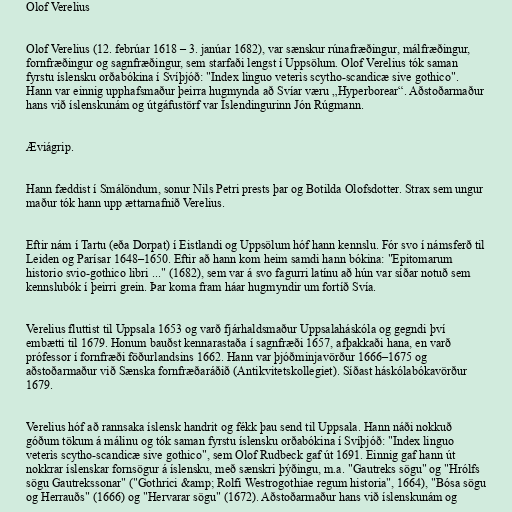
Olof Verelius

Olof Verelius (12. febrúar 1618 – 3. janúar 1682), var sænskur rúnafræðingur, málfræðingur,
fornfræðingur og sagnfræðingur, sem starfaði lengst í Uppsölum. Olof Verelius tók saman
fyrstu íslensku orðabókina í Svíþjóð: "Index linguo veterìs scytho-scandicæ sive gothico".
Hann var einnig upphafsmaður þeirra hugmynda að Svíar væru „Hyperborear“. Aðstoðarmaður
hans við íslenskunám og útgáfustörf var Íslendingurinn Jón Rúgmann.

Æviágrip.

Hann fæddist í Smálöndum, sonur Nils Petri prests þar og Botilda Olofsdotter. Strax sem ungur
maður tók hann upp ættarnafnið Verelius.

Eftir nám í Tartu (eða Dorpat) í Eistlandi og Uppsölum hóf hann kennslu. Fór svo í námsferð til
Leiden og Parísar 1648–1650. Eftir að hann kom heim samdi hann bókina: "Epitomarum
historio svio-gothico libri ..." (1682), sem var á svo fagurri latínu að hún var síðar notuð sem
kennslubók í þeirri grein. Þar koma fram háar hugmyndir um fortíð Svía.

Verelius fluttist til Uppsala 1653 og varð fjárhaldsmaður Uppsalaháskóla og gegndi því
embætti til 1679. Honum bauðst kennarastaða í sagnfræði 1657, afþakkaði hana, en varð
prófessor í fornfræði föðurlandsins 1662. Hann var þjóðminjavörður 1666–1675 og
aðstoðarmaður við Sænska fornfræðaráðið (Antikvitetskollegiet). Síðast háskólabókavörður
1679.

Verelius hóf að rannsaka íslensk handrit og fékk þau send til Uppsala. Hann náði nokkuð
góðum tökum á málinu og tók saman fyrstu íslensku orðabókina í Svíþjóð: "Index linguo
veterìs scytho-scandicæ sive gothico", sem Olof Rudbeck gaf út 1691. Einnig gaf hann út
nokkrar íslenskar fornsögur á íslensku, með sænskri þýðingu, m.a. "Gautreks sögu" og "Hrólfs
sögu Gautrekssonar" ("Gothrici &amp; Rolfi Westrogothiae regum historia", 1664), "Bósa sögu
og Herrauðs" (1666) og "Hervarar sögu" (1672). Aðstoðarmaður hans við íslenskunám og